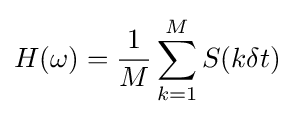
H(\omega )={\frac {1}{M}}\sum _{k=1}^{M}S(k\delta t)